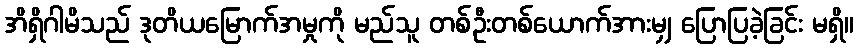
အိရှိဂါမိသည် ဒုတိယမြောက်အမှုကို မည်သူ တစ်ဦးတစ်ယောက်အားမျှ ပြောပြခဲ့ခြင်း မရှိ။